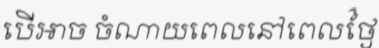
បើអាច ចំណាយពេលនៅពេលថ្ងៃ